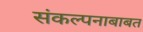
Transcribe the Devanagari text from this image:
संकल्पनाबाबत